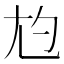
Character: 尥